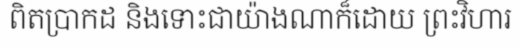
ពិតប្រាកដ និងទោះជាយ៉ាងណាក៏ដោយ ព្រះវិហារ